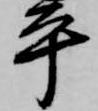
平